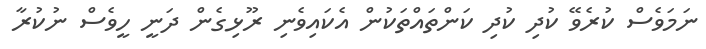
ނަމަވެސް ކުރެވޭ ކުދި ކުދި ކަންތައްތަކުން އެކައިވެނި ރޫޅިގެން ދަނީ ހީވެސް ނުކުރާ